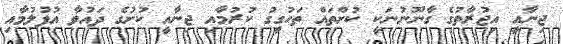
ޖިނާއީ އިޖުރާތުގެ ގާނޫނުނަކީ ކުށްތައް ތަހުގީގު ކުރުމާއި ޖިނާއީ ކުށުގެ ދައުވާ އުފުލުމާއި